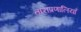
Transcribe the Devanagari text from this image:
ताराप्रणालियाँ